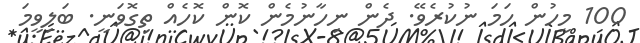
100 މީހުން ހަމަ ނުކުރެވޭ. ދެން ނިހާނުމެން ކޮން ކޮހެއް ތިގޮވަނީ. ބަލިވީމަ